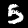
Label: 5